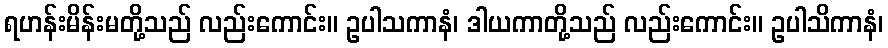
ရဟန်းမိန်းမတို့သည် လည်းကောင်း။ ဥပါသကာနံ၊ ဒါယကာတို့သည် လည်းကောင်း။ ဥပါသိကာနံ၊